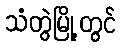
သံတွဲမြို့တွင်